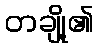
တချို့၏